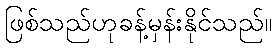
ဖြစ်သည်ဟုခန့်မှန်းနိုင်သည်။